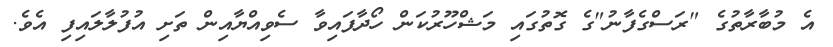
އެ މުބާރާތުގެ "ރަސްގެފާނު"ގެ ގޮތުގައި މަޝްހޫރުކަން ހޯދާފައިވާ ސެވިއްޔާއިން ތަށި އުފުލާލައިފި އެވެ.